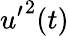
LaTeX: {u^{\prime}}^{2}(t)